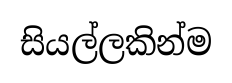
සියල්ලකින්ම